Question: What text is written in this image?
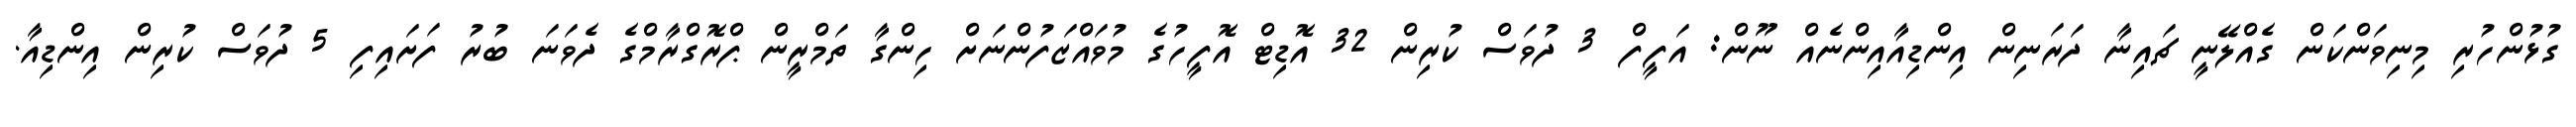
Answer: ގުޅުންހުރި މިނިވަންކަން ގެއްލޭނީ ޗައިނާ ދަރަނިން އިންޑިއާއިންނެއް ނޫން: އަފީފް 3 ދުވަސް ކުރިން 32 އޮޑިޓް އޮފީހުގެ މުވައްޒަފުންނަށް ހިންގާ ތަމްރީން ޕްރޮގްރާމްގެ ދެވަނަ ބުރު ފަށައިފި 5 ދުވަސް ކުރިން އިންޑިއާ.